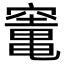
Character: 竃